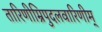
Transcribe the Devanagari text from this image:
तारिणीम्रिपुदलवारिणीम्